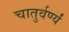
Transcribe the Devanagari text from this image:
चातुर्वर्ण्यं